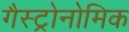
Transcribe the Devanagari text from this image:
गैस्ट्रोनोमिक